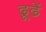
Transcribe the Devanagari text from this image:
ढूढें